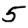
Digit: 5